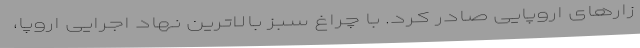
زارهای اروپایی صادر کرد. با چراغ سبز بالاترین نهاد اجرایی اروپا،